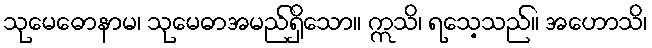
သုမေဓောနာမ၊ သုမေဓာအမည်ရှိသော။ ဣသိ၊ ရသေ့သည်။ အဟောသိ၊